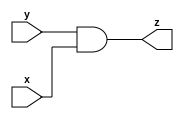
module andvl(x,y,z);
input x,y;
output z;
and g(z,y,x);
endmodule